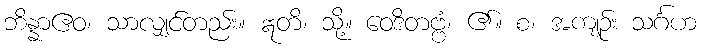
ဘိန္နာဧဝ၊ သာလျှင်တည်း။ ဣတိ၊ သို့။ ဝေဒိတဗ္ဗံ၊ ၏။ စ၊ အကျဉ်း သင်္ဂဟ